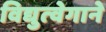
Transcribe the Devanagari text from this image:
विद्युत्‍वेगाने